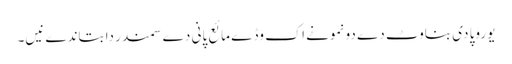
یوروپا دی بناوٹ دے دو نمونے اک وڈے مائع پانی دے سمندر دا بتاندے نیں۔